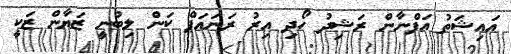
އައިޝަތު އަފްނާން ރަޝިދު ހޯދި އިރު ރަނައަޕް ކަން ލިބުނީ ޒަޔާން ޒަކީ